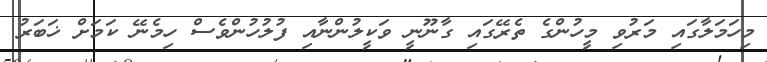
މިހަމަލާގައި މަރުވި މީހުންގެ ތެރޭގައި ގާނޫނީ ވަކީލުންނާއި ފުލުހުންވެސް ހިމެނޭ ކަމަށް ޚަބަރު